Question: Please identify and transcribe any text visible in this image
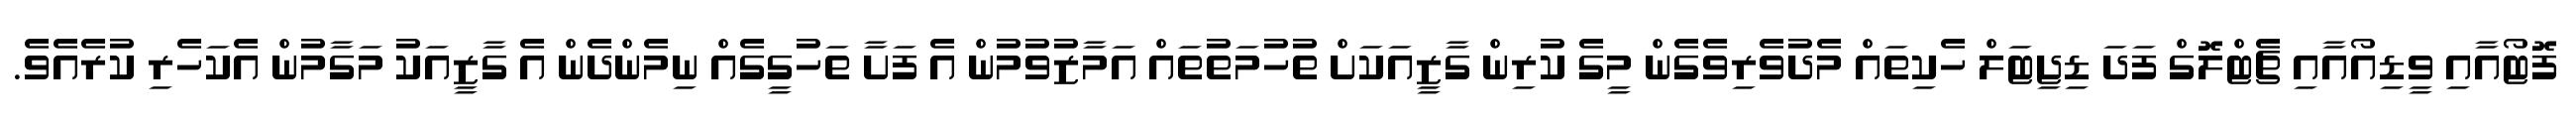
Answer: ފޮޓޯއާއި ވީޑިއޯއާއި ޗެޓްލޮގް ފަދަ ޑިޖިޓަލް ހެކިތައް މެދުވެރިވެގެން މީގެ ކުރިން ގާޒީއަކަށް ތުހުމަތުތައް އަމާޒުވުމުން އެ ފަށާ ތަހުގީގެއް ނިމެންދެން އެ ގާޒީއަކު މަގާމުން އެކަހެރި ކުރެއެވެ.